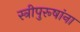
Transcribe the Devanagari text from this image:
स्त्रीपुरूषांना